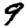
Digit: 9